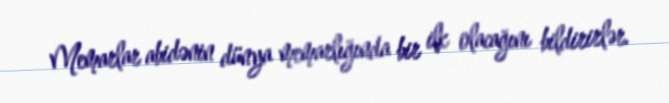
Memarlar abidənin dünya memarlığında bir ilk olacağını bildirirlər.